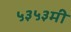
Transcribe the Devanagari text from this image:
५३५३मी